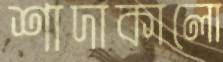
শাদাকালো